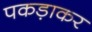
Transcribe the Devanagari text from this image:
पकड़ाकर